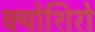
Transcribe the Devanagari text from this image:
क्योशिरो